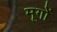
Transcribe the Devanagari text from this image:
मूगों